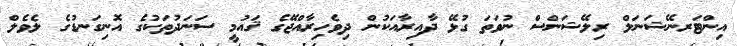
އިންޓަރނޭޝަނަލް ރިލޭޝަންސް ނުވަތަ ގުޅޭ ދާއިރާއަކުން ދިވެހިރާއްޖޭގެ ޤައުމީ ސަނަދުތަކުގެ އޮނިގަނޑުގެ ލެވެލް